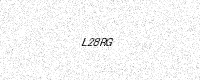
Text: L28RG